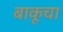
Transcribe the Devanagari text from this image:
बाकूचा